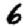
Digit: 6